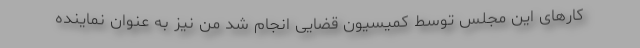
کارهای این مجلس توسط کمیسیون قضایی انجام شد من نیز به عنوان نماینده